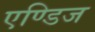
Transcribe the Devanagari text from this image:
एण्डिज